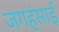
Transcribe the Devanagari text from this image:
जगहंसाई